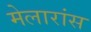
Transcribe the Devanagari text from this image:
मेलारांस